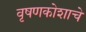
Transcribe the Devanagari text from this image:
वृषणकोशाचे